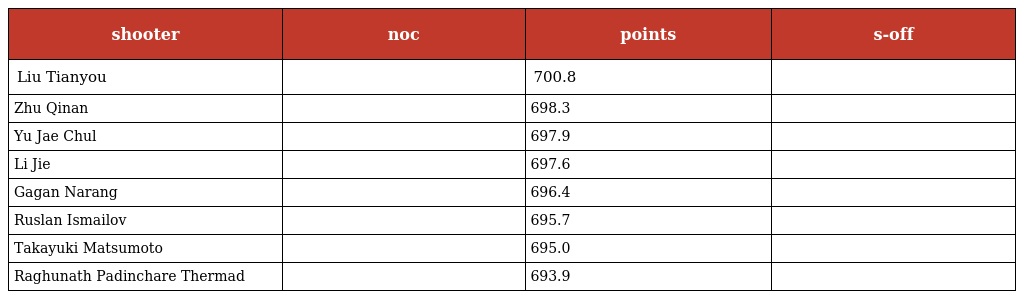
| shooter | noc | points | s-off |
 | --- | --- | --- | --- |
 | Liu Tianyou |  | 700.8 |  |
 | Zhu Qinan |  | 698.3 |  |
 | Yu Jae Chul |  | 697.9 |  |
 | Li Jie |  | 697.6 |  |
 | Gagan Narang |  | 696.4 |  |
 | Ruslan Ismailov |  | 695.7 |  |
 | Takayuki Matsumoto |  | 695.0 |  |
 | Raghunath Padinchare Thermad |  | 693.9 |  |